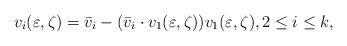
LaTeX: \begin{align*}v_i(\varepsilon,\zeta) = \bar v_i - (\bar v_i\cdot v_1(\varepsilon,\zeta) ) v_1(\varepsilon,\zeta), 2\leq i\leq k,\end{align*}